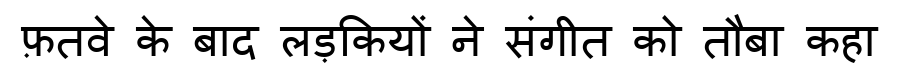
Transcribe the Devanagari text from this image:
फ़तवे के बाद लड़कियों ने संगीत को तौबा कहा